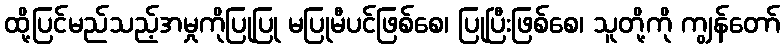
ထို့ပြင်မည်သည့်အမှုကိုပြုပြု မပြုမီပင်ဖြစ်စေ၊ ပြုပြီးဖြစ်စေ၊ သူတို့ကို ကျွန်တော်